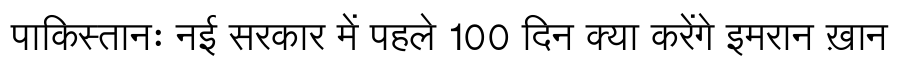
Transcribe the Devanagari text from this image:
पाकिस्तानः नई सरकार में पहले 100 दिन क्या करेंगे इमरान ख़ान